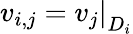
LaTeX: v_{i,j}=\left.v_{j}\right|_{D_{i}}